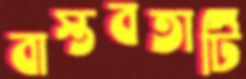
বাস্তবতাটি